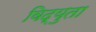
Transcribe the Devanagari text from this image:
विद्युता